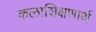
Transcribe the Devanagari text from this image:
कलाशिक्षणार्थ